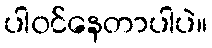
ပါ၀င်နေတာပါပဲ။